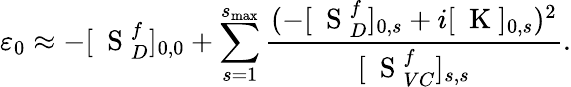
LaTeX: \varepsilon_{0}\approx-[\mathrm{~\mathbf~S~}_{D}^{f}]_{0,0}+\sum_{s=1}^{s_{\mathrm{max}}}\frac{(-[\mathrm{~\mathbf~S~}_{D}^{f}]_{0,s}+i[\mathrm{~\mathbf~K~}]_{0,s})^{2}}{[\mathrm{~\mathbf~S~}_{VC}^{f}]_{s,s}}.